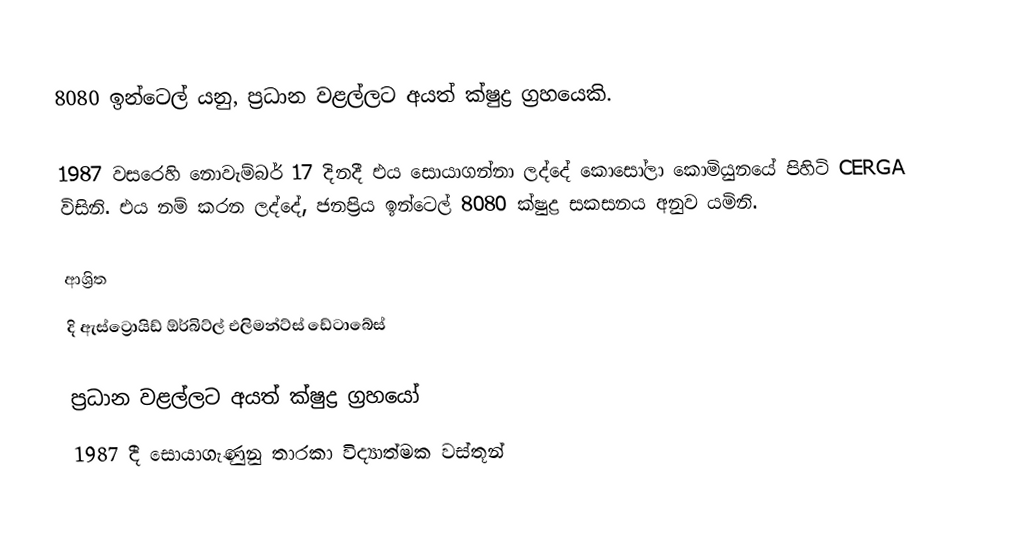
8080 ඉන්ටෙල් යනු, ප්‍රධාන වළල්ලට අයත් ක්ෂුද්‍ර ග්‍රහයෙකි.

1987 වසරෙහි නොවැම්බර් 17 දිනදී එය සොයාගන්නා ලද්දේ  කොසෝලා කොමියුනයේ පිහිටි CERGA විසිනි.  එය නම් කරන ලද්දේ, ජනප්‍රිය  ඉන්ටෙල් 8080 ක්ෂුද්‍ර සකසනය අනුව යමිනි.

ආශ්‍රිත
දි ඇස්ට්‍රොයිඩ් ඕර්බිට්ල් එලිමන්ට්ස් ඩේටාබේස්

ප්‍රධාන වළල්ලට අයත් ක්ෂුද්‍ර ග්‍රහයෝ
1987 දී සොයාගැණුනු තාරකා විද්‍යාත්මක වස්තූන්